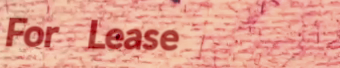
For Lease